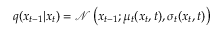
\begin{array} { r } { q ( x _ { t - 1 } | x _ { t } ) = \mathcal { N } \left( x _ { t - 1 } ; \mu _ { t } ( x _ { t } , t ) , \sigma _ { t } ( x _ { t } , t ) \right) } \end{array}